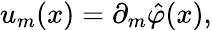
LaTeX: u_{m}(x)=\partial_{m}\hat{\varphi}(x),